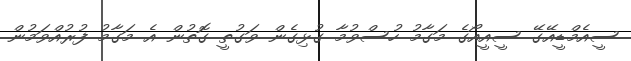
ސީއެމްޑީއޭގޭ ސީއީއޯގެ މަގާމު ހުސްވުމާ ގުޅިގެން ވަގުތީ ގޮތުން އެ މަގާމު ފުރުއްވަމުން